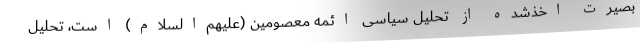
بصیرت اخذشده از تحلیل سیاسی ائمه معصومین (علیهم‌السلام) است، تحلیل